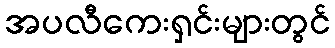
အပလီကေးရှင်းများတွင်